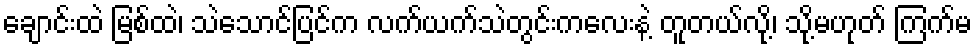
ချောင်းထဲ မြစ်ထဲ၊ သဲသောင်ပြင်က လက်ယက်သဲတွင်းကလေးနဲ့ တူတယ်လို့၊ သို့မဟုတ် ကြက်မ